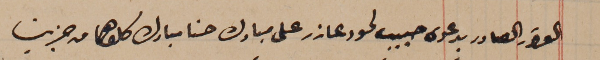
القرار الصادر بدعوى حبيب لحود عازر على مبارك حنا مبارك كلاهما من جزين